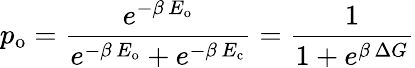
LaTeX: p_{\mathrm{o}}=\frac{e^{-\beta\, E_{\mathrm{o}}}}{e^{-\beta\, E_{\mathrm{o}}}+e^{-\beta\, E_{\mathrm{c}}}}=\frac{1}{1+e^{\beta\, \Delta G}}